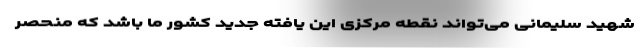
شهید سلیمانی می‌تواند نقطه مرکزی این یافته جدید کشور ما باشد که منحصر